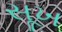
સૂખ